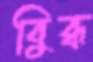
বিুব্ধ